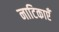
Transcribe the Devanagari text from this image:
नाटिकाएँ